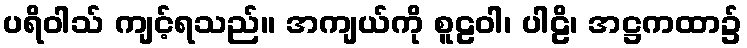
ပရိဝါသ် ကျင့်ရသည်။ အကျယ်ကို စူဠဝါ၊ ပါဠိ၊ အဋ္ဌကထာ၌